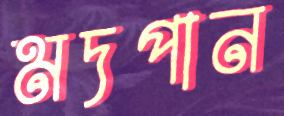
মদপান